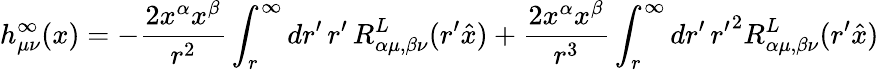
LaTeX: h_{\mu\nu}^{\infty}(x)=-\frac{2x^{\alpha}x^{\beta}}{r^{2}}\int_{r}^{\infty}dr^{\prime}\, r^{\prime}\, R_{\alpha\mu,\beta\nu}^{L}(r^{\prime}\hat{x})+\frac{2x^{\alpha}x^{\beta}}{r^{3}}\int_{r}^{\infty}dr^{\prime}\, {r^{\prime}}^{2}R_{\alpha\mu,\beta\nu}^{L}(r^{\prime}\hat{x})